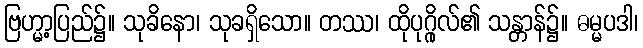
ဗြဟ္မာ့ပြည်၌။ သုခိနော၊ သုခရှိသော။ တဿ၊ ထိုပုဂ္ဂိုလ်၏ သန္တာန်၌။ ဓမ္မပဒါ၊